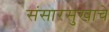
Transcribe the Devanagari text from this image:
संसारसुखाचे